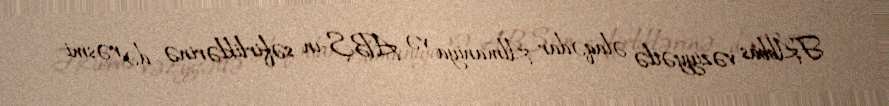
F.Abbas vəziyyətlə əlaqədar Almaniya və ABŞ-ın səfirliklərinə də rəsmi